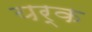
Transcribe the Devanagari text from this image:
यर्क